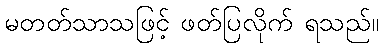
မတတ်သာသဖြင့် ဖတ်ပြလိုက် ရသည်။